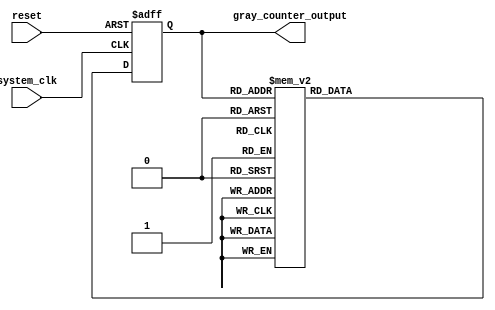
module Gray_Counter (
    input wire system_clk,
    input wire reset,
    output reg [3:0] gray_counter_output
);

reg [3:0] gray_counter;
reg [3:0] gray_next;

always @(posedge system_clk or posedge reset) begin
    if (reset) begin
        gray_counter <= 4'b0000;
    end else begin
        gray_counter <= gray_next;
    end
end

always @* begin
    case(gray_counter)
        4'b0000: gray_next = 4'b0001;
        4'b0001: gray_next = 4'b0011;
        4'b0011: gray_next = 4'b0010;
        4'b0010: gray_next = 4'b0110;
        4'b0110: gray_next = 4'b0111;
        4'b0111: gray_next = 4'b0101;
        4'b0101: gray_next = 4'b0100;
        4'b0100: gray_next = 4'b1100;
        4'b1100: gray_next = 4'b1101;
        4'b1101: gray_next = 4'b1111;
        4'b1111: gray_next = 4'b1110;
        default: gray_next = 4'b0000;
    endcase
end

assign gray_counter_output = gray_counter;

endmodule